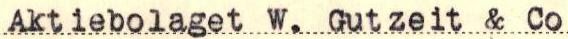
Aktiebolaget W. Gutzeit & Vo